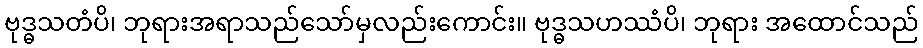
ဗုဒ္ဓသတံပိ၊ ဘုရားအရာသည်သော်မှလည်းကောင်း။ ဗုဒ္ဓသဟဿံပိ၊ ဘုရား အထောင်သည်